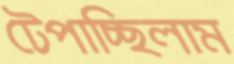
টেপাচ্ছিলাম